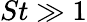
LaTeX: St\gg 1